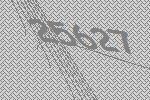
25627